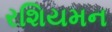
રશિયમન